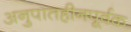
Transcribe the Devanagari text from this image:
अनुपातहीनपूर्वक